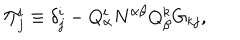
\Pi _ { j } ^ { i } \equiv \delta _ { j } ^ { i } - Q _ { \alpha } ^ { i } N ^ { \alpha \beta } Q _ { \beta } ^ { k } G _ { k j } ,